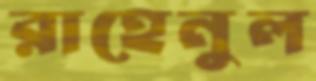
রাহেনুল